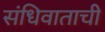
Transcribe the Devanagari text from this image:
संधिवाताची